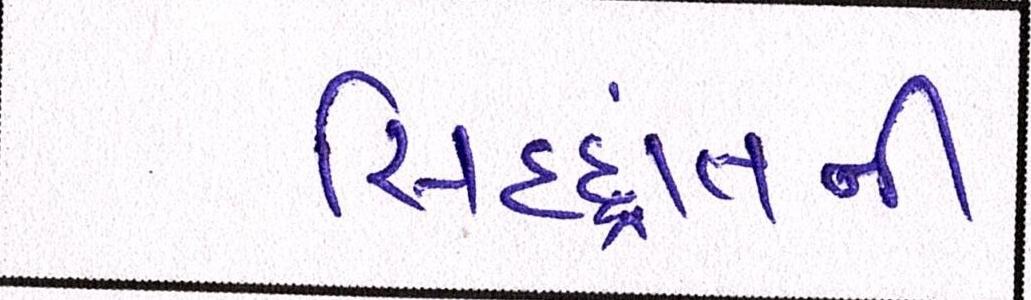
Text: સિદ્ધાંતની